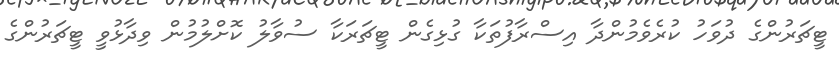
ޓީޗަރުންގެ ދުވަހު ކުރެވެމުންދާ އިސްރާފުތަކާ ގުޅިގެން ޓީޗަރަކާ ސުވާލު ކޮށްލުމުން ވިދާޅުވީ ޓީޗަރުންގެ